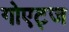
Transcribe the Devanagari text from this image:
गोएट्ज